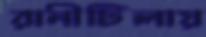
রানীটিলায়